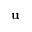
\mathbf { u }